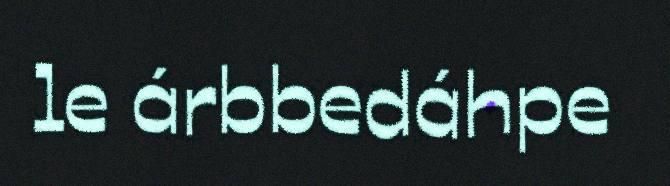
le árbbedáhpe